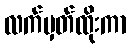
လက်မှတ်ထိုးကာ